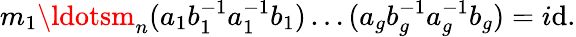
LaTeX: m_{1}\ldotsm_{n}(a_{1}b_{1}^{-1}a_{1}^{-1}b_{1})\ldots(a_{g}b_{g}^{-1}a_{g}^{-1}b_{g})=i\mathrm{d}.